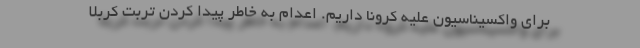
برای واکسیناسیون علیه کرونا داریم. اعدام به خاطر پیدا کردن تربت کربلا